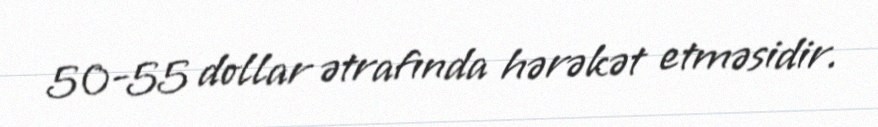
50-55 dollar ətrafında hərəkət etməsidir.